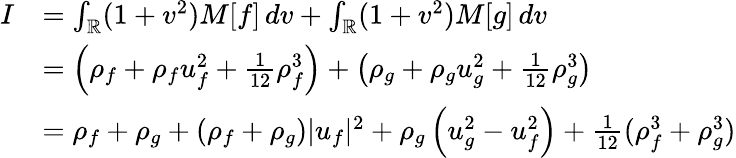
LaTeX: \begin{array}{rl}{I}&{=\int_{\mathbb{R}}(1+v^{2})M[f]\, dv+\int_{\mathbb{R}}(1+v^{2})M[g]\, dv}\\ &{=\left(\rho_{f}+\rho_{f}u_{f}^{2}+\frac{1}{12}\rho_{f}^{3}\right)+\left(\rho_{g}+\rho_{g}u_{g}^{2}+\frac{1}{12}\rho_{g}^{3}\right)}\\ &{=\rho_{f}+\rho_{g}+\left(\rho_{f}+\rho_{g}\right)|u_{f}|^{2}+\rho_{g}\left(u_{g}^{2}-u_{f}^{2}\right)+\frac{1}{12}(\rho_{f}^{3}+\rho_{g}^{3})}\end{array}